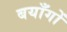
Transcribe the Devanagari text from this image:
बयाँगों